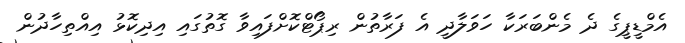
އެމްޑީޕީގެ ދެ މެންބަރަކާ ހަވަލާދީ އެ ފަރާތުން ރިޕޯޓްކޮށްފައިވާ ގޮތުގައި އިދިކޮޅު އިއްތިހާދުން